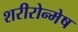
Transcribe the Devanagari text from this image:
शरीरोन्मेष